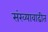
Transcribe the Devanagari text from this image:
संख्यावाढीत